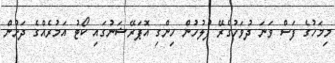
މިމަހުގެ ފަސް ވަނަ ދުވަހުގެރޭ ފުލުހުން ހިންގި އޮޕަރޭޝަނުގައި ކޯޓު އަމުރެއްގެ ދަށުން